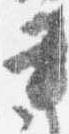
書